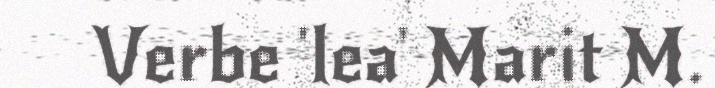
Verbe 'lea' Marit M.